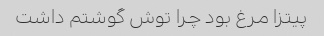
پیتزا مرغ بود چرا توش گوشتم داشت